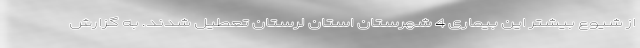
از شیوع بیشتر این بیماری 4 شهرستان استان لرستان تعطیل شدند. به گزارش